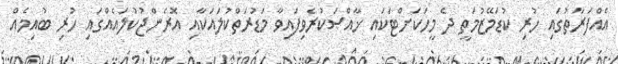
އެއްފަރާތުގައި ހުރި ކުޑަމޭޒުމަތީ ދެ މީހަކަށްޓަކައި ޚާއްޞަކުރެވިފައިވާ މަޑުރަތްކުލައަކާއި އޮރެންޖުކުލައެއްގައި ހުރި ބުއިމެއް